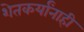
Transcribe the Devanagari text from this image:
शेतकर्यांनाही